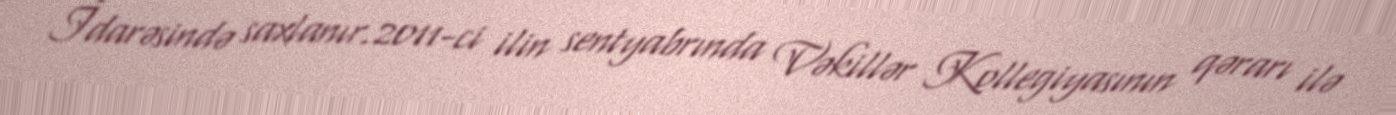
İdarəsində saxlanır.2011-ci ilin sentyabrında Vəkillər Kollegiyasının qərarı ilə